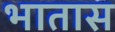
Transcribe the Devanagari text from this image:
भातास